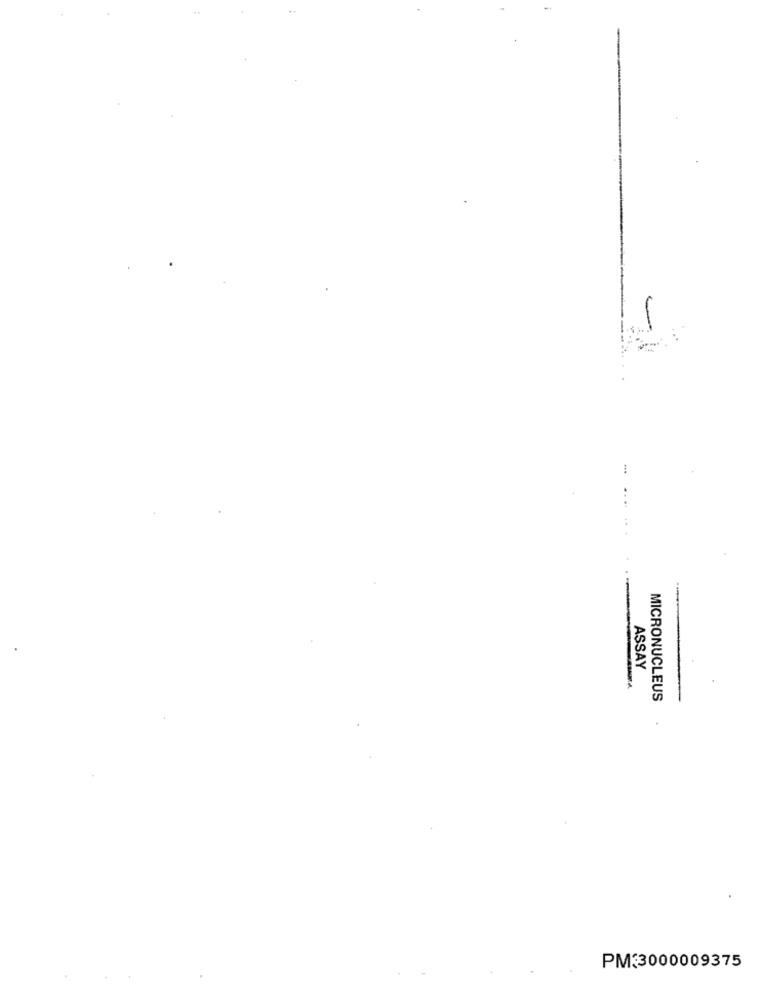
ASSAY
MICRONUCLEUS
PM:3000009375